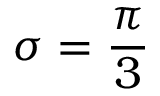
\sigma = \frac { \pi } { 3 }